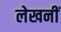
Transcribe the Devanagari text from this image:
लेखनीं